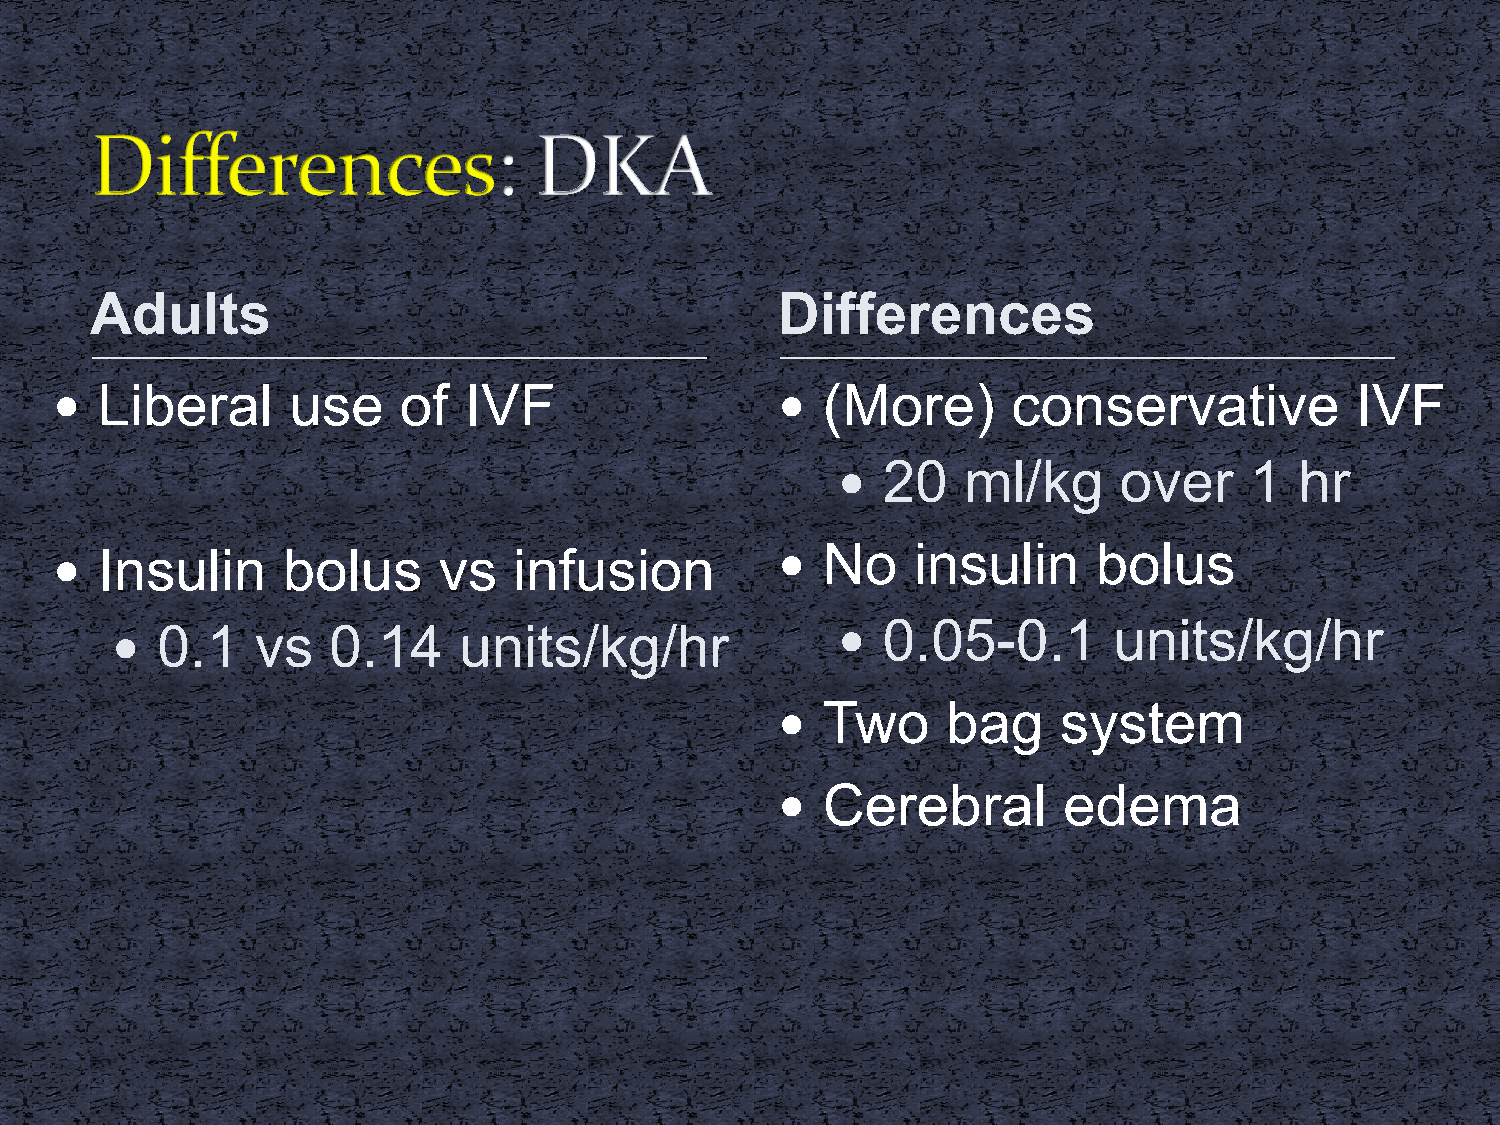
Adults                                       Differences
   Liberal      use    of   IVF                   (More)       conservative           IVF
   20    ml/kg     over     1  hr
   Insulin      bolus     vs   infusion           No    insulin      bolus
   0.1    vs   0.14    units/kg/hr                0.05-0.1        units/kg/hr
   Two      bag    system
   Cerebral        edema